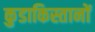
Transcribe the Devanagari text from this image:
कुडाकिस्तानों